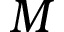
M